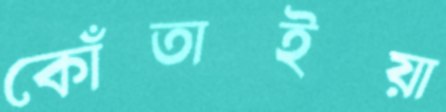
কোঁতাইয়া